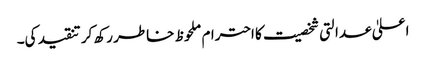
اعلیٰ عدالتی شخصیت کا احترام ملحوظ خاطر رکھ کر تنقید کی۔